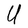
Character: U